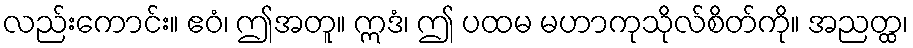
လည်းကောင်း။ ဧဝံ၊ ဤအတူ။ ဣဒံ၊ ဤ ပထမ မဟာကုသိုလ်စိတ်ကို။ အညတ္ထ၊